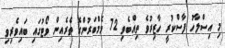
މި އިސްލާހު ފާސްކުރީ ހާޒިރުވެ ތިއްބެވި 72 މެމްބަރުންގެ ތެރެއިން ވޯޓުގައި ބައިވެރިވި